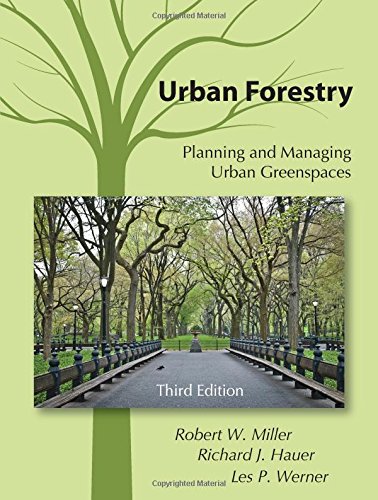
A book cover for Urban Forestry: Planning and Managing Urban Greenspaces, Third Edition; Robert W. Miller; Science & Math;